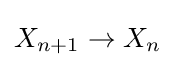
X_{n+1}\to X_{n}